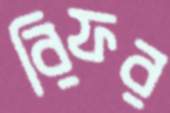
রিফর